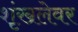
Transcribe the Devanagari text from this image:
शृंखलेवर